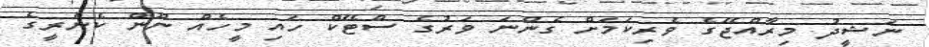
ނަޝީދު މިރާއްޖޭގެ ވެރިކަމަށް ގެންނަ ވަރުގެ ސްޓޭކް ހައި މީހެއް ނޫން ކެނެރީގެ